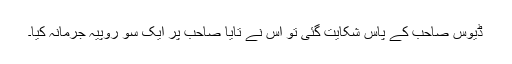
ڈیوس صاحب کے پاس شکایت گئی تو اس نے تایا صاحب پر ایک سو روپیہ جرمانہ کیا۔